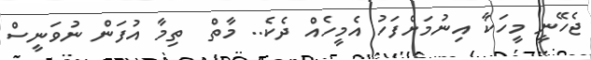
ޖެހޭނީ މީހަކާ އިނުމަށްފަހު އެމީހެއް ދެކެ.. މާތް  ތިމާ އުފަން ނުވަނީސް